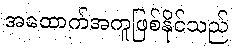
အထောက်အကူဖြစ်နိုင်သည်